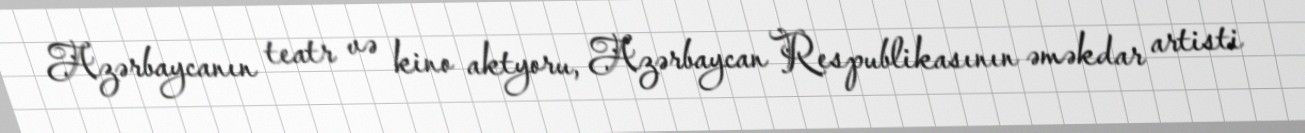
Azərbaycanın teatr və kino aktyoru, Azərbaycan Respublikasının əməkdar artisti